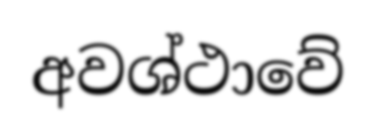
අවශ්ථාවේ